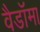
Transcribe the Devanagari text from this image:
वैडाॅमा